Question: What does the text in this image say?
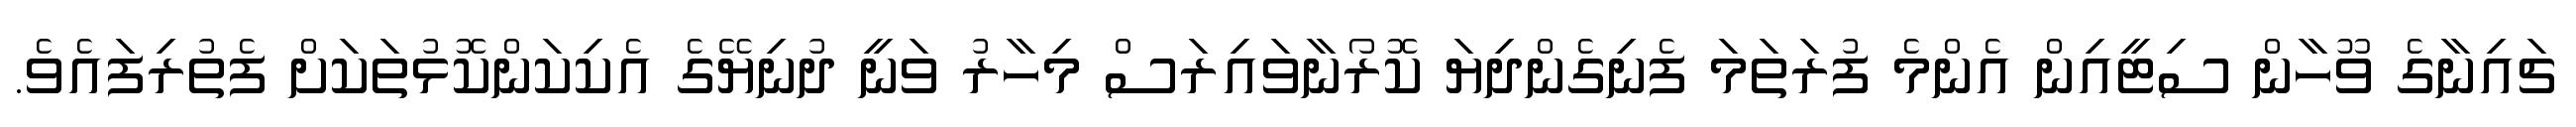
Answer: ޗައިނާގެ ވޫހާން ސިޓީއިން އެންމެ ފުރަތަމަ ފެނިގެންދިޔަ ކޮރޯނާވައިރަސް މިހާރު ވަނީ ދުނިޔޭގެ އެކިކަންކޮޅުތަކަށް ފެތުރިފައެވެ.